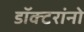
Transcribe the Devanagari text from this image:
डॉक्‍टरांनो